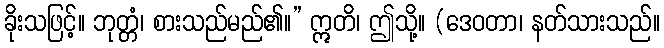
ခိုးသဖြင့်။ ဘုတ္တံ၊ စားသည်မည်၏။” ဣတိ၊ ဤသို့။ (ဒေဝတာ၊ နတ်သားသည်။